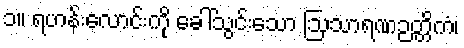
၁။ ရဟန်းလောင်းကို ခေါ်သွင်းသော ဩသာရဏဉတ္တိကံ၊